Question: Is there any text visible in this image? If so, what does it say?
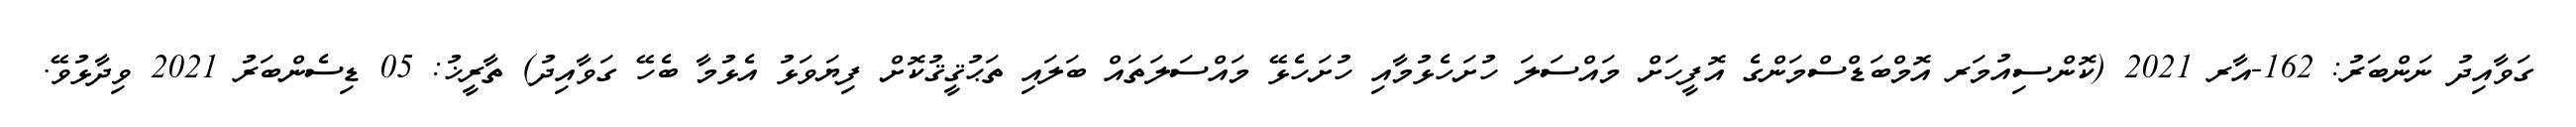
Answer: ގަވާއިދު ނަންބަރު: 162-އާރ 2021 (ކޮންސިއުމަރ އޮމްބަޑްސްމަންގެ އޮފީހަށް މައްސަލަ ހުށަހެޅުމާއި ހުށަހެޅޭ މައްސަލަތައް ބަލައި ތަޙުޤީޤުކޮށް ފިޔަވަޅު އެޅުމާ ބެހޭ ގަވާއިދު) ތާރީޚު: 05 ޑިސެންބަރު 2021 ވިދާޅުވޭ.